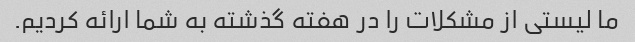
ما لیستی از مشکلات را در هفته گذشته به شما ارائه کردیم.